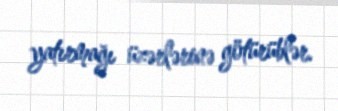
yatırmağı üzərlərinə götürüblər.